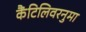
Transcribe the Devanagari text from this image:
कैंटिलिवरनुमा